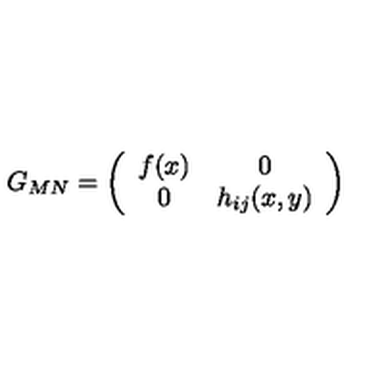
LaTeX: G _ { M N } = \left( \begin{array} { c c } { f ( x ) } & { 0 } \\ { 0 } & { h _ { i j } ( x , y ) } \\ \end{array} \right)